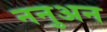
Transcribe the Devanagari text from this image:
ननुअन